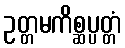
ဥတ္တမကိစ္ဆပ္ပတ္တံ